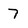
Character: 7